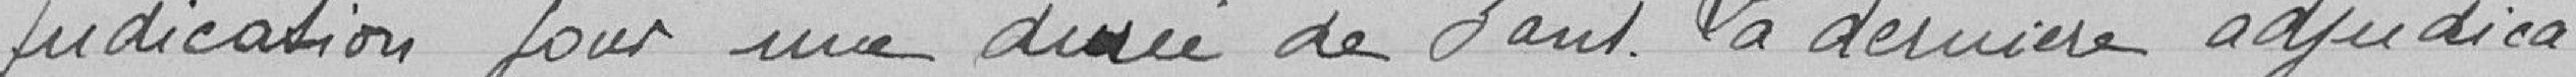
Arrêté Préfectoral du 29 Décembre 1910? Les droits de sta-